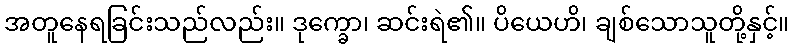
အတူနေရခြင်းသည်လည်း။ ဒုက္ခော၊ ဆင်းရဲ၏။ ပိယေဟိ၊ ချစ်သောသူတို့နှင့်။